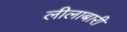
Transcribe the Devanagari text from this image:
लीलाबारी